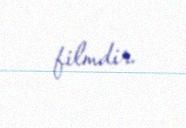
filmdir.